Indian Medical Review
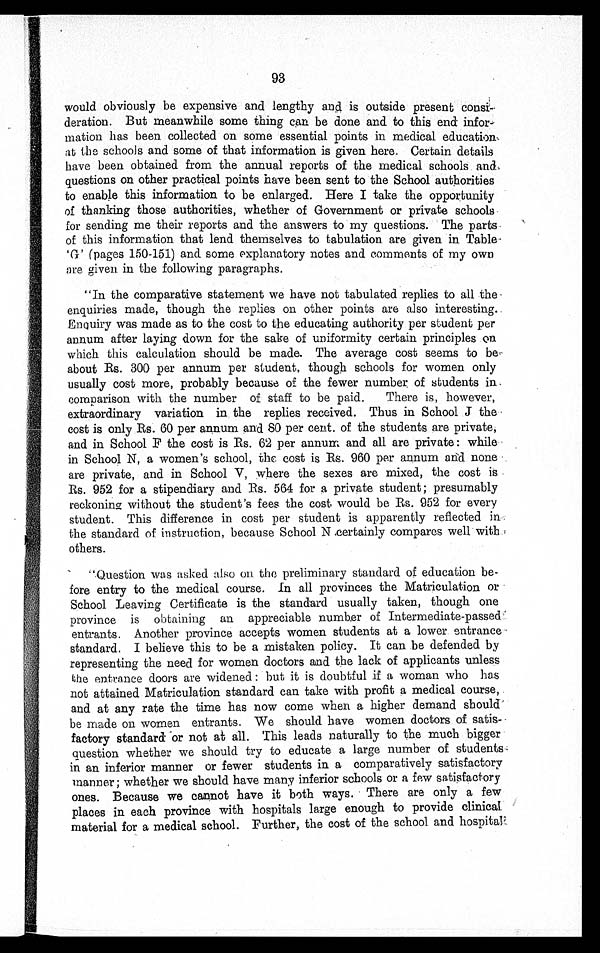
93
would obviously be expensive and lengthy and is outside present consi-
deration. But meanwhile some thing can be done and to this end infor-
mation has been collected on some essential points in medical education
at the schools and some of that information is given here. Certain details
have been obtained from the annual reports of the medical schools and
questions on other practical points have been sent to the School authorities
to enable this information to be enlarged. Here I take the opportunity
of thanking those authorities, whether of Government or private schools
for sending me their reports and the answers to my questions. The parts
of this information that lend themselves to tabulation are given in Table-
'G' (pages 150-151) and some explanatory notes and comments of my own
are given in the following paragraphs.
"In the comparative statement we have not tabulated replies to all the
enquiries made, though the replies on other points are also interesting.
Enquiry was made as to the cost to the educating authority per student per
annum after laying down for the sake of uniformity certain principles on
which this calculation should be made. The average cost seems to
beabout Rs. 300 per annum per student, though schools for women only
usually cost more, probably because of the fewer number of students in
comparison with the number of staff to be paid. There is, however,
extraordinary variation in the replies received. Thus in School J the
cost is only Rs. 60 per annum and 8O per cent. of the students are private,
and in School F the cost is Rs. 62 per annum and all are private : whil
e i n S c h o o l N , a w o m e n ' s s c h o o l , t h e c o s t i s R s . 9 6 0 p e r a n n u m a n d n o n e
are private, and in School V, where the sexes are mixed, the cost is
Rs. 952 for a stipendiary and Rs. 564 for a private student; presumably
reckoning without the student's fees the cost, would be Rs. 952 for every
student. This difference in cost per student is apparently reflected in
the standard of instruction, because School N certainly compares well with
others.
"Question was asked also on the preliminary standard of education be-
fore entry to the medical course. In all provinces the Matriculation or
School Leaving Certificate is the standard usually taken, though one
province is obtaining an appreciable number of Intermediate-passed
entrants. Another province accepts women students at a lower entrance
standard. I believe this to be a mistaken policy. It can be defended by
representing the need for women doctors and the lack of applicants unless
the entrance doors are widened : but it is doubtful if a woman who has
not attained Matriculation standard can take with profit a medical course,
and at any rate the time has now come when a higher demand should
be made on women entrants. We should have women doctors of satis-
factory standard or not at all. This leads naturally to the much bigger
Question whether we should try to educate a large number of students
in an inferior manner or fewer students in a comparatively satisfactory
manner; whether we should have many inferior schools or a few satisfactory
ones. Because we cannot have it both ways. There are only a few
places in each province with hospitals large enough to provide clinical
material for a medical school. Further, the cost of the school and hospital